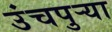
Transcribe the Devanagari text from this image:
उंचपुर्‍या